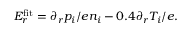
E _ { r } ^ { \mathrm { f i t } } = \partial _ { r } p _ { i } / e n _ { i } - 0 . 4 \partial _ { r } T _ { i } / e .